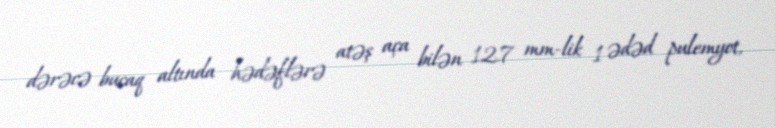
dərəcə bucaq altında hədəflərə atəş aça bilən 12.7 mm-lik 1 ədəd pulemyot,